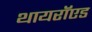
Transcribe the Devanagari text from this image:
थायरॉएड